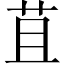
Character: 苴